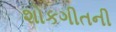
શોકગીતની